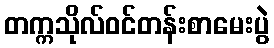
တက္ကသိုလ်ဝင်တန်းစာမေးပွဲ